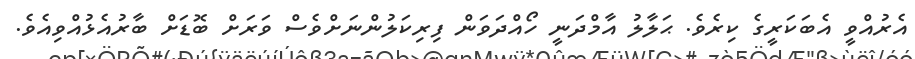
އެރުއްވީ އެބަކަރީގެ ކިރެވެ. ޙަލާލު އާމްދަނީ ހޯއްދަވަން ފިރިކަލުންނަށްވެސް ވަރަށް ބޮޑަށް ބާރުއެޅުއްވިއެވެ.